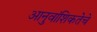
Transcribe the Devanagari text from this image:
आनुवांशिकतेचे